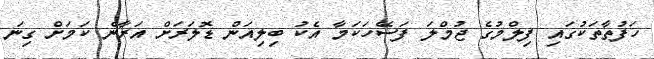
ހަފުތާތަކުގައި ފިލްމުގެ ޖުމްލަ ފަސޭހަކަމާ އެކު ބިލިއަން ޑޮލަރަށް އަރާނެ ކަމަށް ގިނަ